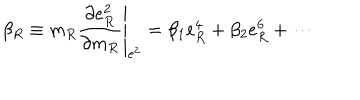
\beta _ { R } \equiv \left. m _ { R } \frac { \partial e _ { R } ^ { 2 } } { \partial m _ { R } } \right| _ { e ^ { 2 } } = \beta _ { 1 } e _ { R } ^ { 4 } + \beta _ { 2 } e _ { R } ^ { 6 } + \cdots